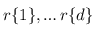
r \{ 1 \} , \dots r \{ d \}